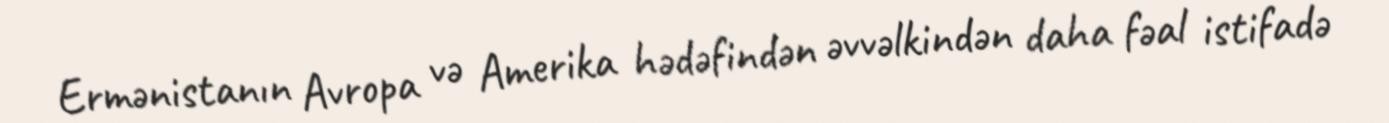
Ermənistanın Avropa və Amerika hədəfindən əvvəlkindən daha fəal istifadə